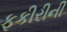
ફકીરીની